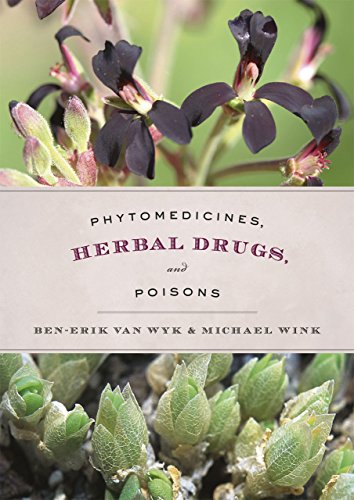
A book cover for Phytomedicines, Herbal Drugs, and Poisons; Science & Math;